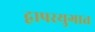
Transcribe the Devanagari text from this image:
द्वापरयुगात